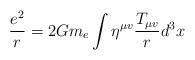
LaTeX: \begin{align*}\frac{e^2}{r} = 2Gm_e \int \eta^{\mu v}\frac{T_{\mu v}}{r}d^3x\end{align*}